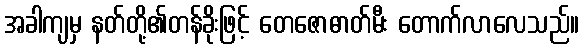
အခါကျမှ နတ်တို့၏တန်ခိုးဖြင့် တေဇောဓာတ်မီး တောက်လာလေသည်။